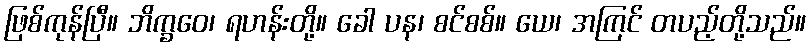
ဖြစ်ကုန်ပြီ။ ဘိက္ခဝေ၊ ရဟန်းတို့။ ခေါ ပန၊ စင်စစ်။ ယေ၊ အကြင် တပည့်တို့သည်။